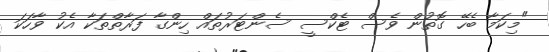
"މިކަމާ ބެހޭ ގޮތުން ވެސް ޓެކްސީ ސެންޓަރުތައް ހިންގާ ފަރާތްތަކާ އެކު ވާހަކަ